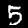
Label: 5